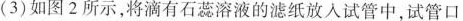
( 3 ) 如图 2 所示，将滴有石蕊溶液的滤纸放入试管中，试管口